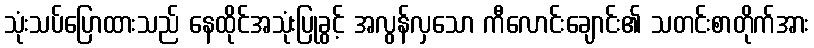
သုံးသပ်ပြောထားသည် နေထိုင်အသုံးပြုခွင့် အလွန်လှသော ကီလောင်းချောင်း၏ သတင်းစာတိုက်အား